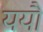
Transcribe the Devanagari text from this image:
ययौ